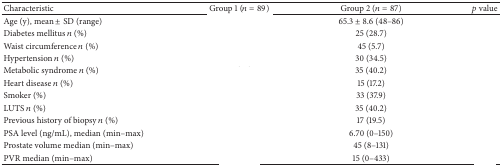
<table><thead><tr><td><b>Characteristic</b></td><td><b>Group 1 (<i>n</i> = 89)</b></td><td><b>Group 2 (<i>n</i> = 87)</b></td><td><b><i>p</i> value</b></td></tr></thead><tbody><tr><td>Age (y), mean ± SD (range)</td><td>[EMPTY_CELL]</td><td>65.3 ± 8.6 (48–86)</td><td>[EMPTY_CELL]</td></tr><tr><td>Diabetes mellitus <i>n</i> (%)</td><td>[EMPTY_CELL]</td><td>25 (28.7)</td><td>[EMPTY_CELL]</td></tr><tr><td>Waist circumference <i>n</i> (%)</td><td>[EMPTY_CELL]</td><td>45 (5.7)</td><td>[EMPTY_CELL]</td></tr><tr><td>Hypertension <i>n</i> (%)</td><td>[EMPTY_CELL]</td><td>30 (34.5)</td><td>[EMPTY_CELL]</td></tr><tr><td>Metabolic syndrome <i>n</i> (%)</td><td>[EMPTY_CELL]</td><td>35 (40.2)</td><td>[EMPTY_CELL]</td></tr><tr><td>Heart disease <i>n</i> (%)</td><td>[EMPTY_CELL]</td><td>15 (17.2)</td><td>[EMPTY_CELL]</td></tr><tr><td>Smoker (%)</td><td>[EMPTY_CELL]</td><td>33 (37.9)</td><td>[EMPTY_CELL]</td></tr><tr><td>LUTS <i>n</i> (%)</td><td>[EMPTY_CELL]</td><td>35 (40.2)</td><td>[EMPTY_CELL]</td></tr><tr><td>Previous history of biopsy <i>n</i> (%)</td><td>[EMPTY_CELL]</td><td>17 (19.5)</td><td>[EMPTY_CELL]</td></tr><tr><td>PSA level (ng/mL), median (min–max)</td><td>[EMPTY_CELL]</td><td>6.70 (0–150)</td><td>[EMPTY_CELL]</td></tr><tr><td>Prostate volume median (min–max)</td><td>[EMPTY_CELL]</td><td>45 (8–131)</td><td>[EMPTY_CELL]</td></tr><tr><td>PVR median (min–max)</td><td>[EMPTY_CELL]</td><td>15 (0–433)</td><td>[EMPTY_CELL]</td></tr></tbody></table>